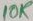
Text: 10K